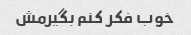
خوب فکر کنم بگیرمش